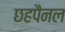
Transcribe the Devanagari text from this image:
छहपैनल